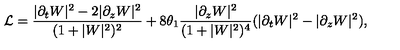
{ \cal L } = \frac { | \partial _ { t } W | ^ { 2 } - 2 | \partial _ { z } W | ^ { 2 } } { ( 1 + | W | ^ { 2 } ) ^ { 2 } } + 8 \theta _ { 1 } \frac { | \partial _ { z } W | ^ { 2 } } { ( 1 + | W | ^ { 2 } ) ^ { 4 } } ( | \partial _ { t } W | ^ { 2 } - | \partial _ { z } W | ^ { 2 } ) ,